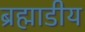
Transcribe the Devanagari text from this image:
ब्रह्माडीय